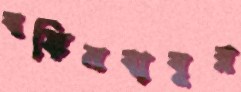
বঙ্কিমবাবুর